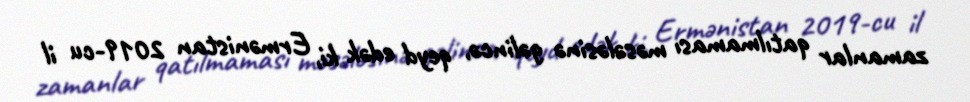
zamanlar qatılmaması məsələsinə gəlincə, qeyd edək ki, Ermənistan 2019-cu il